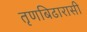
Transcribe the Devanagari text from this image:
तृणबिढारासी